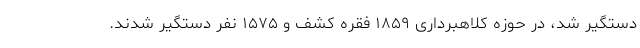
دستگیر شد، در حوزه کلاهبرداری ۱۸۵۹ فقره کشف و ۱۵۷۵ نفر دستگیر شدند.